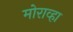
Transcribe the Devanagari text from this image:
मोराव्हा